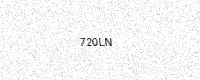
Text: 720LN